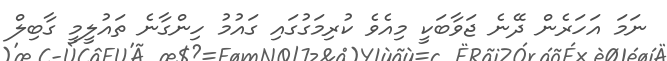
ނަމަ އަހަރެން ދޭނެ ޖަވާބަކީ މިއެވެ ކުރިމަގުގައި ގައުމު ހިންގާނެ ތައުލީމީ ގާބިލް